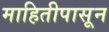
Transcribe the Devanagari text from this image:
माहितीपासून